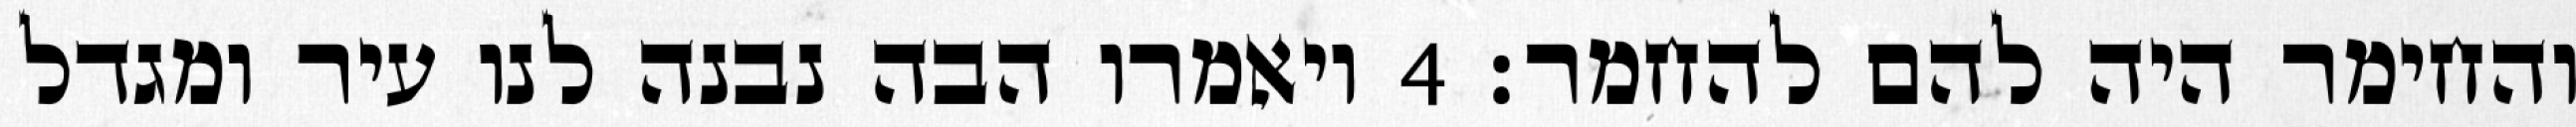
והחימר היה להם להחמר׃ ‎4‏ ויאמרו הבה נבנה לנו עיר ומגדל